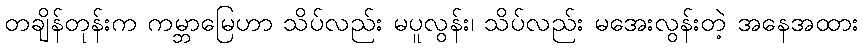
တချိန်တုန်းက ကမ္ဘာမြေဟာ သိပ်လည်း မပူလွန်း၊ သိပ်လည်း မအေးလွန်းတဲ့ အနေအထား